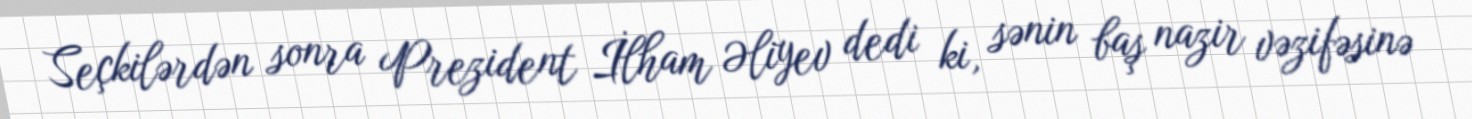
Seçkilərdən sonra Prezident İlham Əliyev dedi ki, sənin baş nazir vəzifəsinə